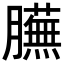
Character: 𦢲